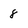
Character: 8